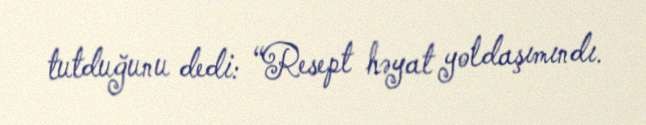
tutduğunu dedi: “Resept həyat yoldaşımındı.